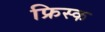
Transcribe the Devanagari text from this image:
फ्रिस्क